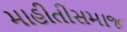
માહીતીસમાજ